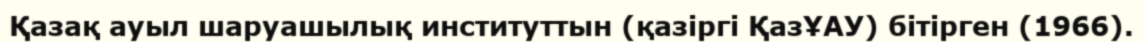
Қазақ ауыл шаруашылық институттын (қазіргі ҚазҰАУ) бітірген (1966).